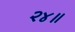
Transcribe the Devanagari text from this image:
२४॥